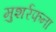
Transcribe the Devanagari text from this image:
मुशर्रफना